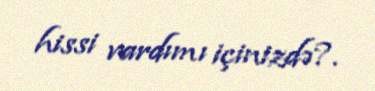
hissi vardımı içinizdə?.